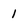
Character: 1